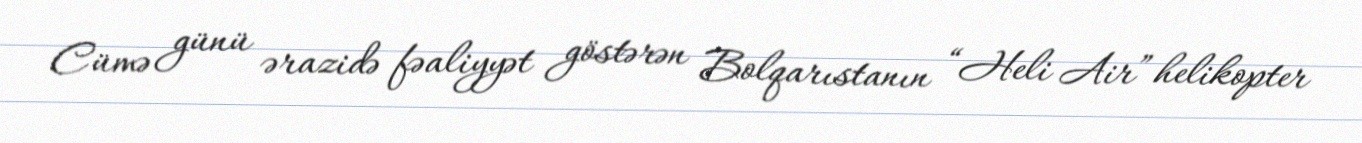
Cümə günü ərazidə fəaliyyət göstərən Bolqarıstanın “Heli Air” helikopter